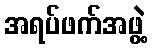
အရပ်ဖက်အဖွဲ့